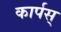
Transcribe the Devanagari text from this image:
कार्पस्